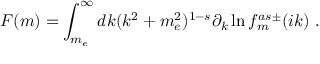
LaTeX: F ( m ) = \int _ { m _ { e } } ^ { \infty } d k ( k ^ { 2 } + m _ { e } ^ { 2 } ) ^ { 1 - s } \partial _ { k } \ln f _ { m } ^ { a s \pm } ( i k ) \ .